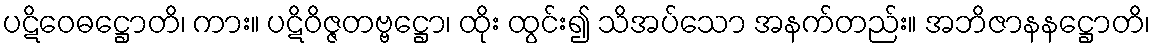
ပဋိဝေဓဋ္ဌောတိ၊ ကား။ ပဋိဝိဇ္ဇတဗ္ဗဋ္ဌော၊ ထိုး ထွင်း၍ သိအပ်သော အနက်တည်း။ အဘိဇာနနဋ္ဌောတိ၊